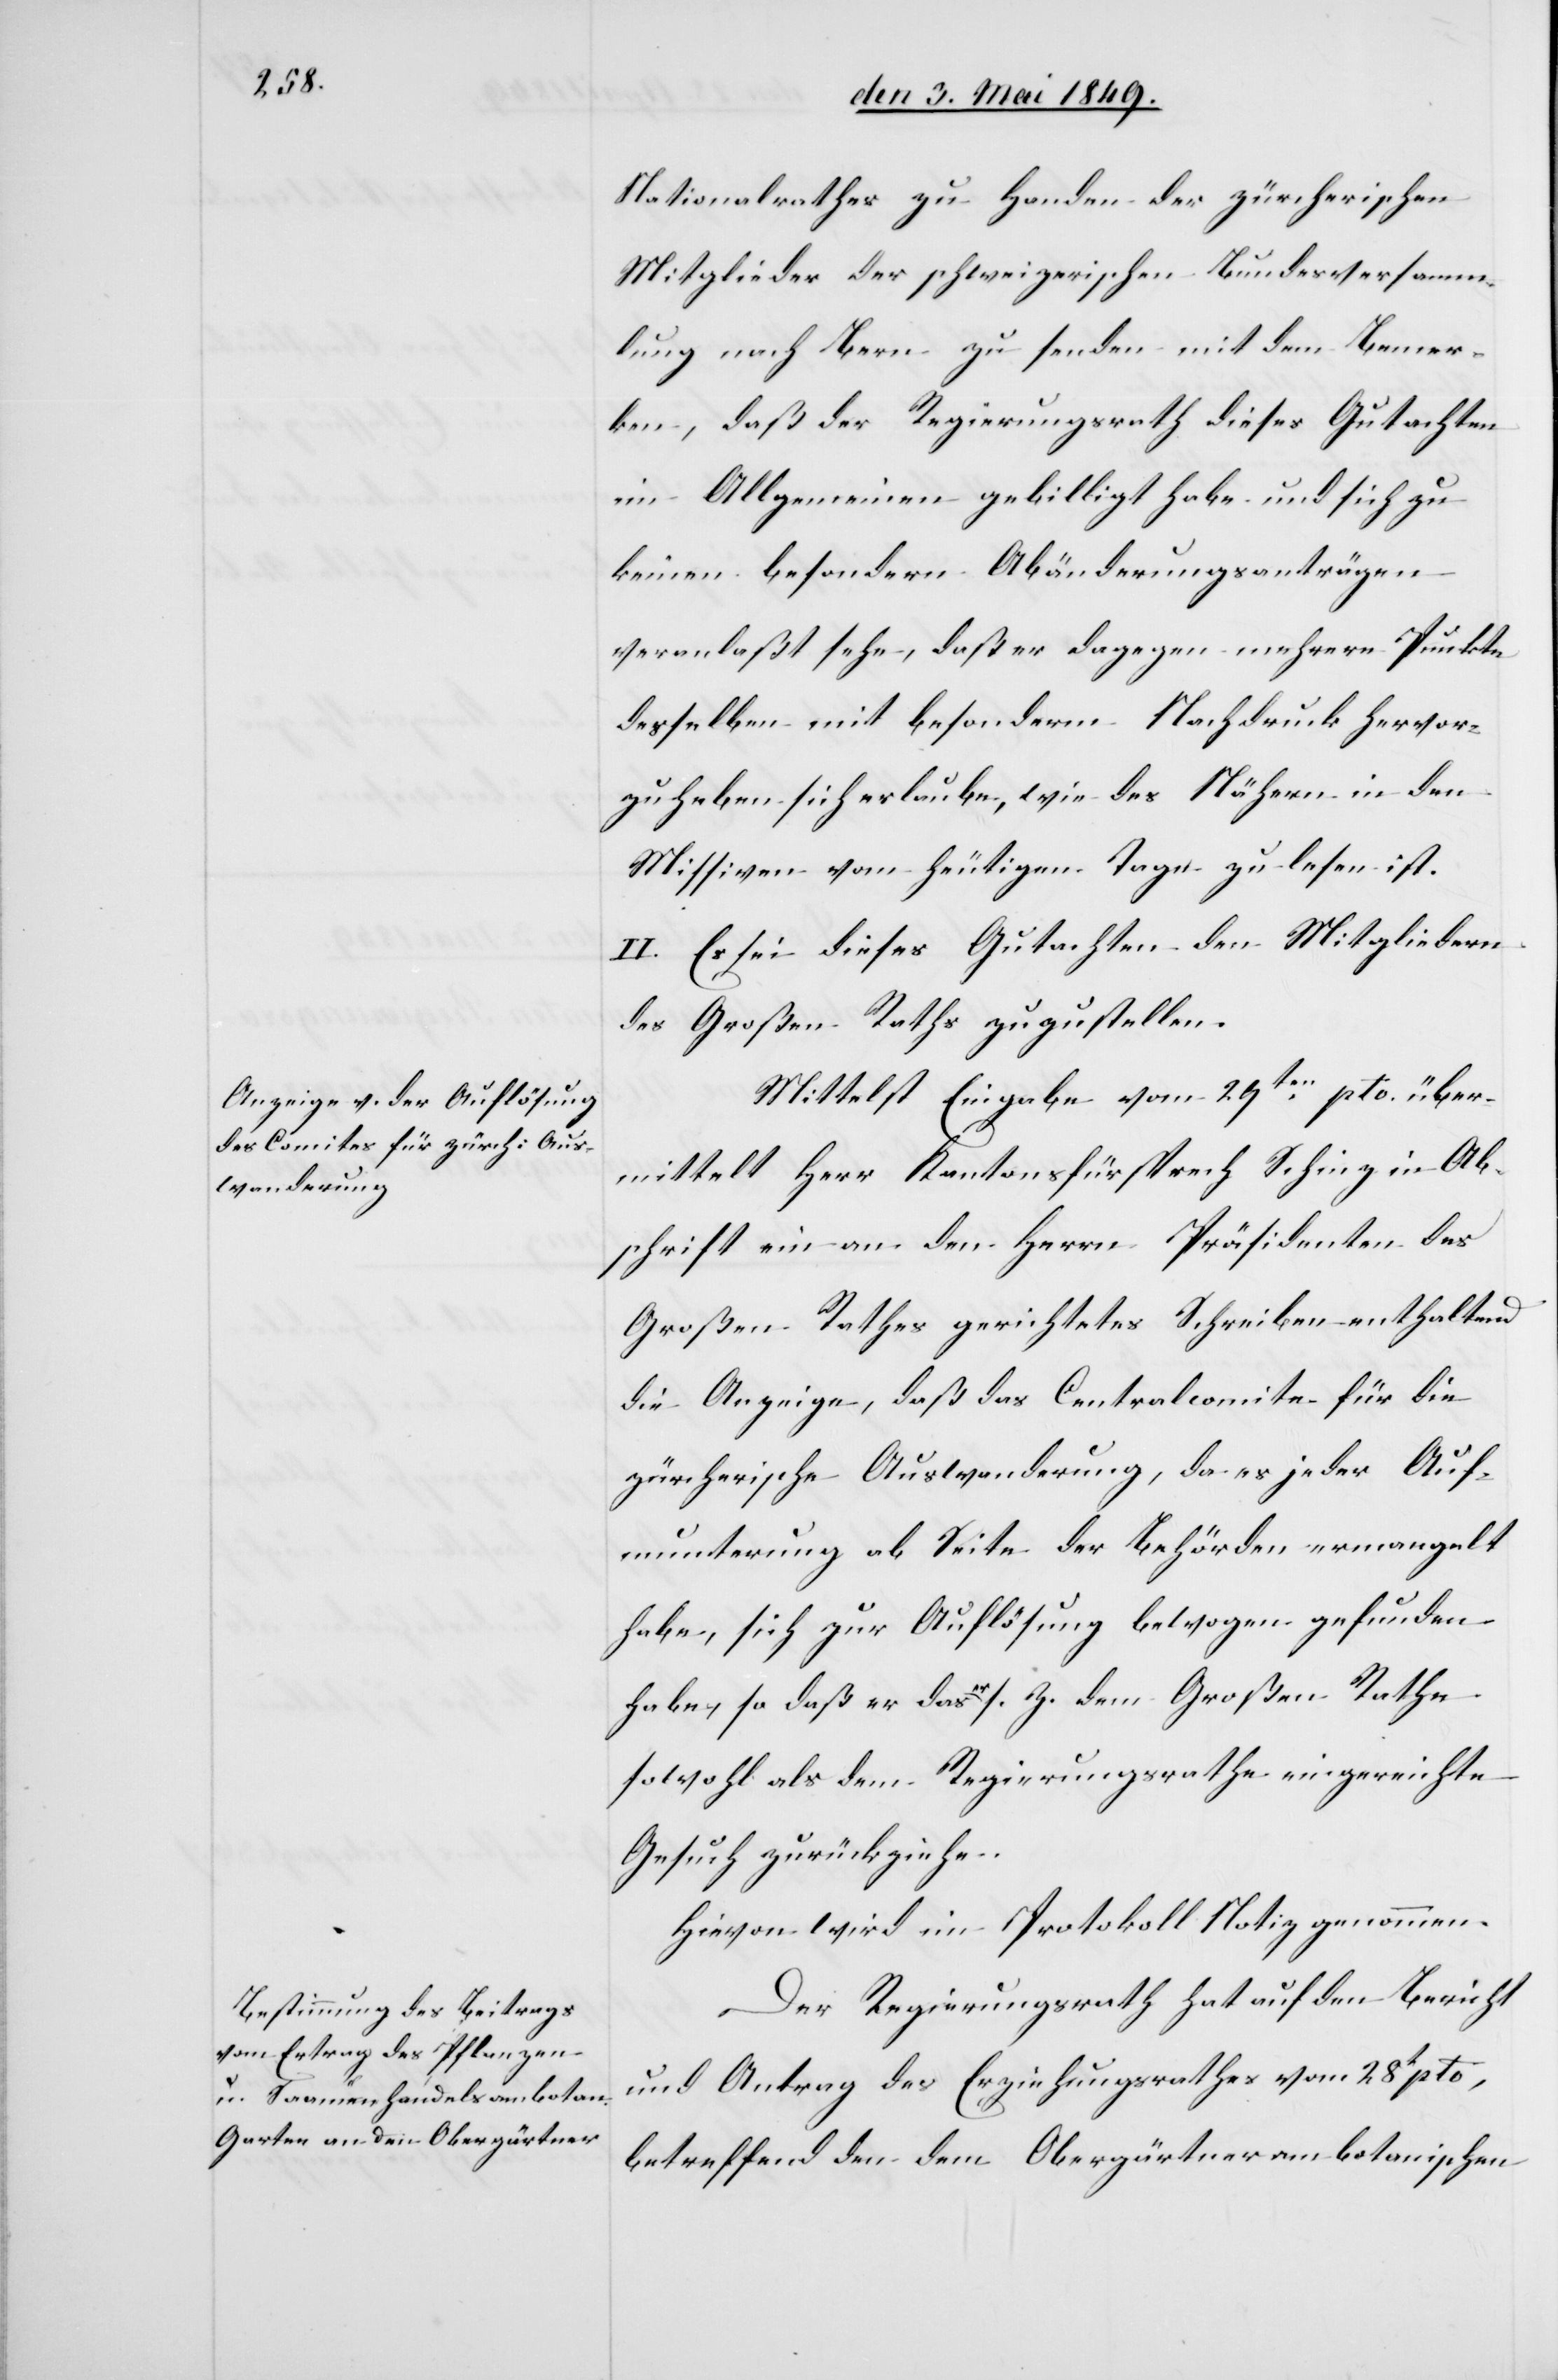
Nationalrathes zu Handen der zürcherischen
Mitglieder der schweizerischen Bundesversamm¬
lung nach Bern zu senden mit dem Bemer¬
ken, daß der Regierungsrath dieses Gutachten
im Allgemeinen gebilligt habe und sich zu
keinen besondern Abänderungsanträgen
veranlaßt sehe, daß er dagegen mehrere Punkte
desselben mit besonderm Nachdruck hervor¬
zuheben sich erlaube, wie des Nähern in den
Missiven vom heutigen Tage zu lesen ist.
II. Es sei dieses Gutachten den Mitgliedern
des Großen Rathes zuzustellen.
Mittelst Eingabe vom 29ten pto. über¬
mittelt Herr Kantonsfürsprech Schinz in Ab¬
schrift ein an den Herrn Präsidenten des
Großen Rathes gerichtetes Schreiben enthaltend
die Anzeige, daß das Centralcomite für die
zürcherische Auswanderung, da es jeder Auf¬
munterung ab Seite der Behörden ermangelt
habe, sich zur Auflösung bewogen gefunden
habe, so daß er das a-er-a [sic!] s. Z. dem Großen Rathe
sowohl als dem Regierungsrathe eingereichte
Gesuch zurückziehe.
Der Regierungsrath hat auf den Bericht
und Antrag des Erziehungsrathes vom 28t pto,
betreffend den dem Obergärtner am botanischen